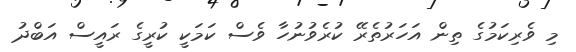
މި ވެރިކަމުގެ ތިން އަހަރުތެރޭ ކުރެވުނުހާ ވެސް ކަމަކީ ކުރީގެ ރައީސް އަބްދު